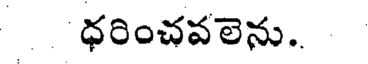
ధరించవలెను.